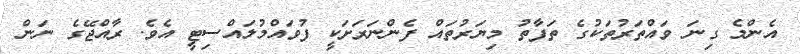
އެންމެ ގިނަ ވައްތަރުތަކުގެ ތަފާތު މިޔަރުތައް ފެންނަރަށަކީ ފުވައްމުލައްސިޓީ އެވެ. ރާއްޖޭގެ ނަން